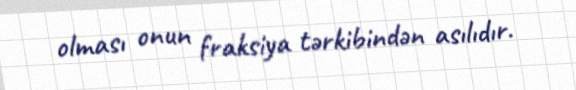
olması onun fraksiya tərkibindən asılıdır.